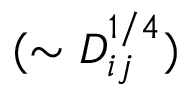
( \sim D _ { i j } ^ { 1 / 4 } )